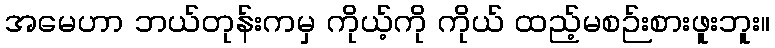
အမေဟာ ဘယ်တုန်းကမှ ကိုယ့်ကို ကိုယ် ထည့်မစဉ်းစားဖူးဘူး။